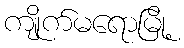
ကျိုက်မရောမြို့